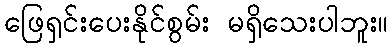
ဖြေရှင်းပေးနိုင်စွမ်း မရှိသေးပါဘူး။